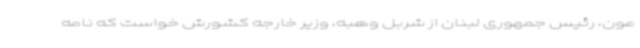
عون، رئیس جمهوری لبنان از شربل وهبه، وزیر خارجه کشورش خواست که نامه